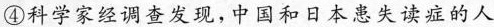
④科学家经调查发现，中国和日本患失读症的人